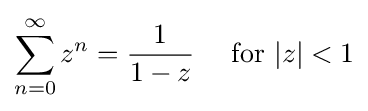
\sum _{n=0}^{\infty }z^{n}={\frac {1}{1-z}}\quad {\text{ for }}|z|<1